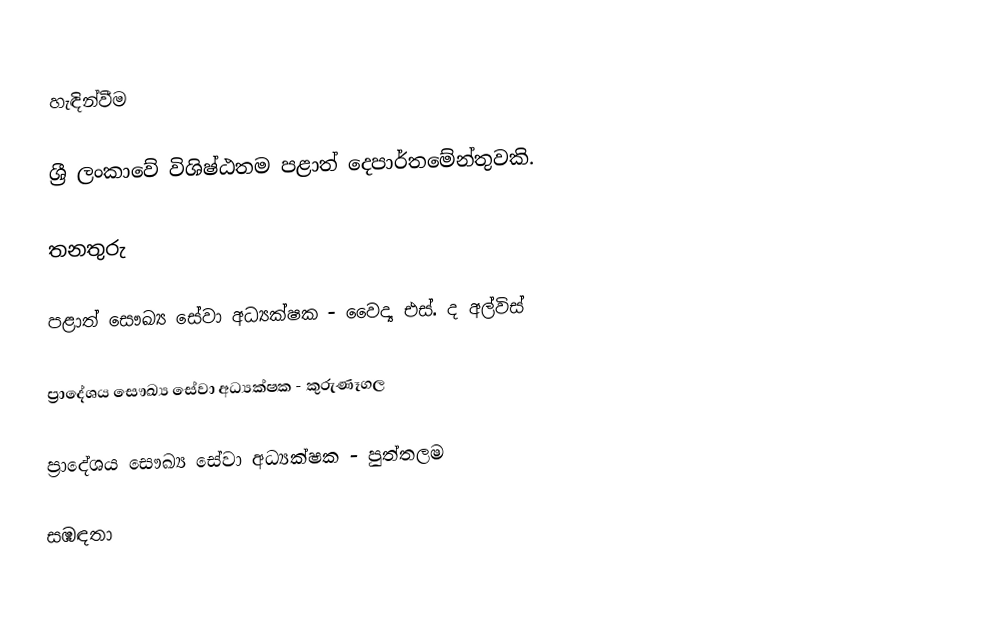

හැඳින්වීම

ශ්‍රී ලංකාවේ විශිෂ්ඨතම පළාත් දෙපාර්තමේන්තුවකි.

තනතුරු

පළාත් සෞඛ්‍ය සේවා අධ්‍යක්ෂක - වෛද්‍ය එස්. ද අල්විස්

ප්‍රාදේශය සෞඛ්‍ය සේවා අධ්‍යක්ෂක - කුරුණෑගල

ප්‍රාදේශය සෞඛ්‍ය සේවා අධ්‍යක්ෂක - පුත්තලම

සඹඳතා